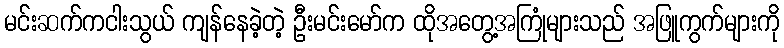
မင်းဆက်ကငါးသွယ် ကျန်နေခဲ့တဲ့ ဦးမင်းမော်က ထိုအတွေ့အကြုံများသည် အဖြူကွက်များကို